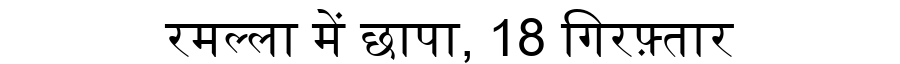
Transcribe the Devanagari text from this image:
रमल्ला में छापा, 18 गिरफ़्तार